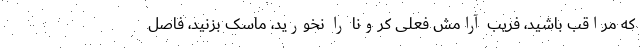
که مراقب باشید، فریب آرامش فعلی کرونا را نخورید، ماسک بزنید، فاصل